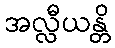
အလ္လီယန္တိ